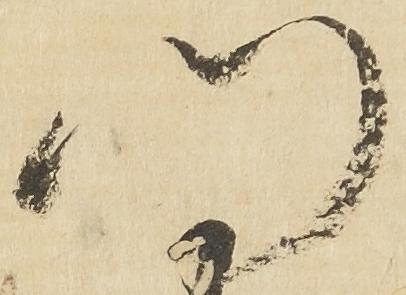
門